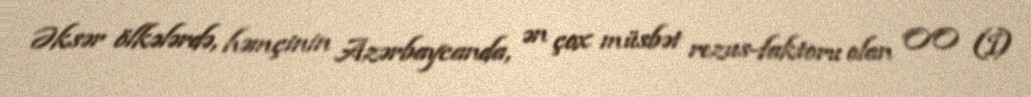
Əksər ölkələrdə, həmçinin Azərbaycanda, ən çox müsbət rezus-faktoru olan OO (I)